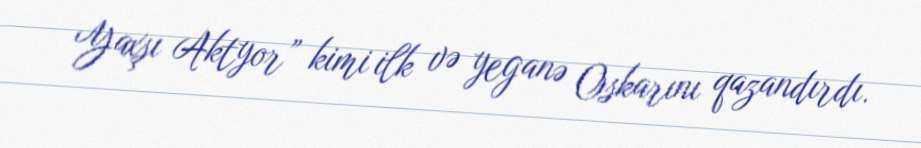
Yaxşı Aktyor” kimi ilk və yeganə Oskarını qazandırdı.